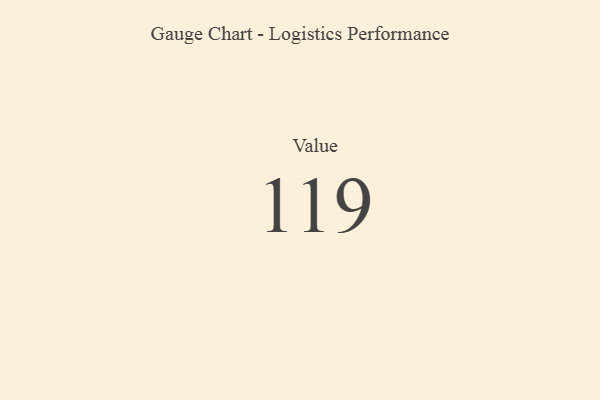
{"axis": {"x": "Metric", "y": "Value"}, "legend": [""], "data": [{"x": "Value", "y": 119, "type": ""}]}